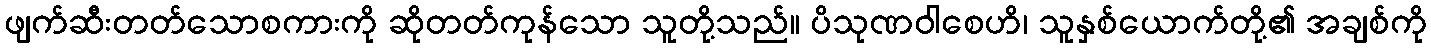
ဖျက်ဆီးတတ်သောစကားကို ဆိုတတ်ကုန်သော သူတို့သည်။ ပိသုဏဝါစေဟိ၊ သူနှစ်ယောက်တို့၏ အချစ်ကို